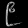
Digit: ၉